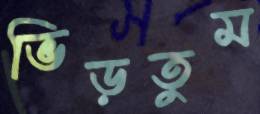
ভিড়তুম